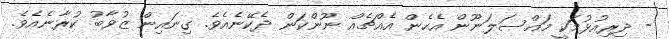
- ދިރިއުޅުމަކީ މައްސަލަނޫން އެހެން އެއްޗެއް ނޫންކަން ދެކޭނެއެވެ. ގިނައިން ޒުވާބު ކުރާނެއެވެ.